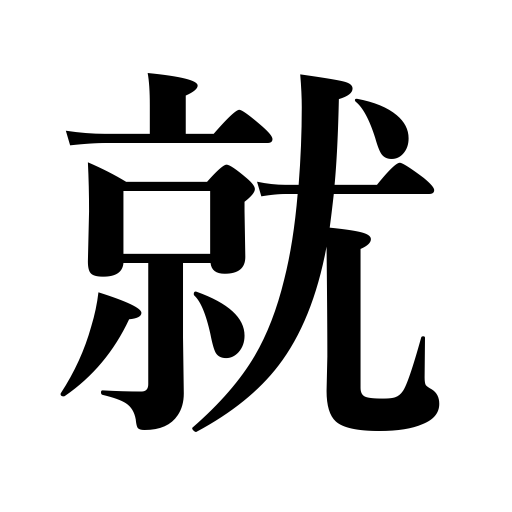
Meanings: study under a teacher,depart,settle in place,take a seat,take a position